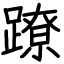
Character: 蹽